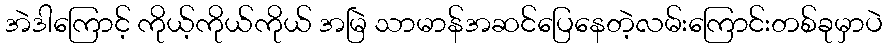
အဲဒါကြောင့် ကိုယ့်ကိုယ်ကိုယ် အမြဲ သာမာန်အဆင်ပြေနေတဲ့လမ်းကြောင်းတစ်ခုမှာပဲ